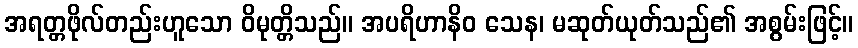
အရတ္တဖိုလ်တည်းဟူသော ဝိမုတ္တိသည်။ အပရိဟာနိဝ သေန၊ မဆုတ်ယုတ်သည်၏ အစွမ်းဖြင့်။